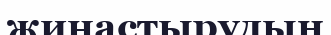
жинастырудың